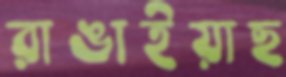
রাঙাইয়াছ